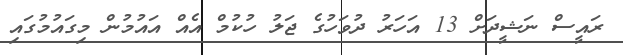
ރައީސް ނަޝީދަށް 13 އަހަރު ދުވަހުގެ ޖަލު ހުކުމް އެއް އައުމުން މިގައުމުގައި